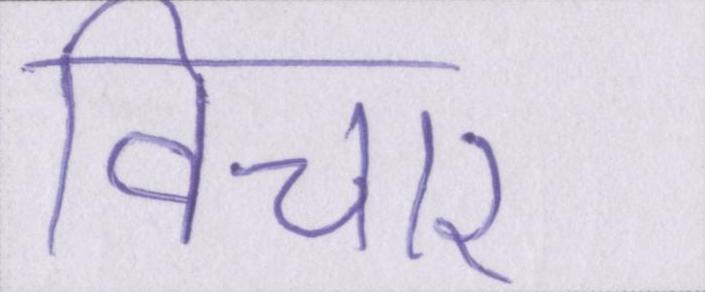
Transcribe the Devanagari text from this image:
विचार